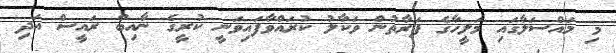
މި މައްސަލާގައި މަލީހާގެ ފަރާތުން ވަކާލު ކުރައްވާފައިވަނީ ކުރީގެ ނާއިބް ރައީސް އަދި